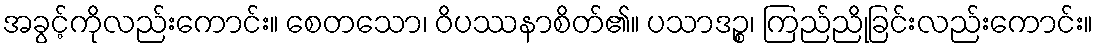
အခွင့်ကိုလည်းကောင်း။ စေတသော၊ ဝိပဿနာစိတ်၏။ ပသာဒဉ္စ၊ ကြည်ညိုခြင်းလည်းကောင်း။